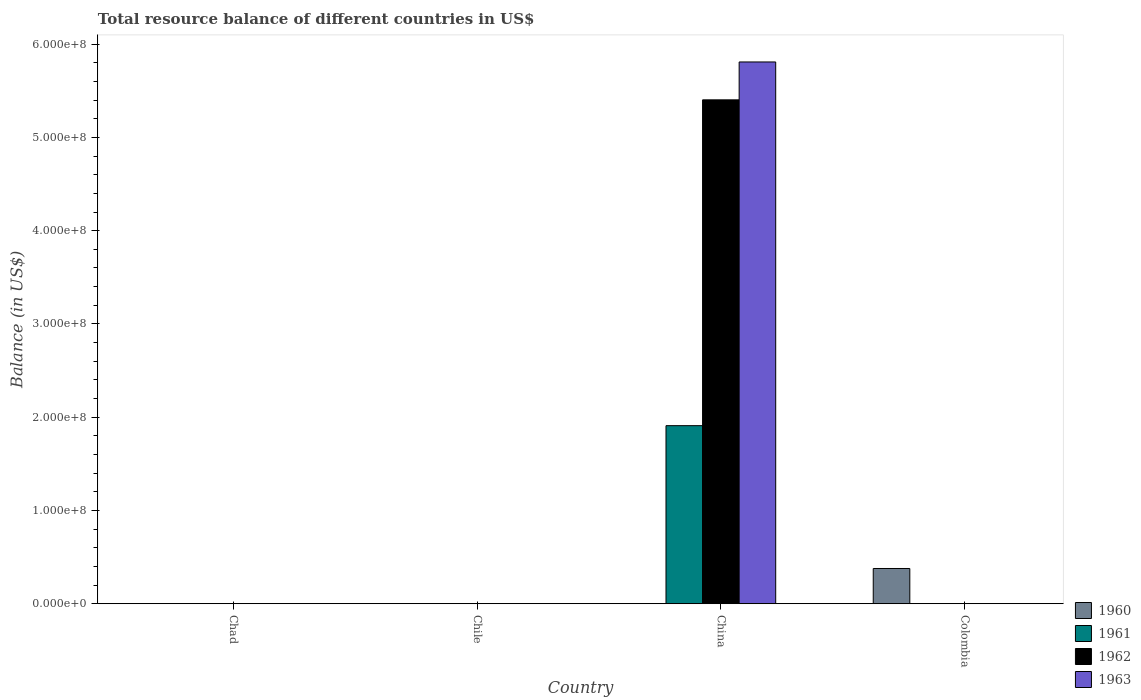
| Country | 1960 | 1961 | 1962 | 1963 |
 | --- | --- | --- | --- | --- |
 | Chad | -1.14e+07 | -1.55e+07 | -2e+07 | -2.33e+07 |
 | Chile | -9.45e+07 | -1.89e+08 | -9.37e+07 | -1.22e+08 |
 | China | -7.31e+07 | 1.91e+08 | 5.4e+08 | 5.81e+08 |
 | Colombia | 3.78e+07 | -3.81e+07 | -1.89e+05 | -1.78e+07 |